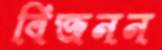
বিজনন